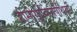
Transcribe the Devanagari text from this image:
हीमोग्लोबिनोपैथियों